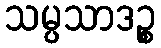
သမ္ပသာဒဉ္စ